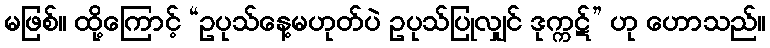
မဖြစ်။ ထို့ကြောင့် “ဥပုသ်နေ့မဟုတ်ပဲ ဥပုသ်ပြုလျှင် ဒုက္ကဋ်” ဟု ဟောသည်။